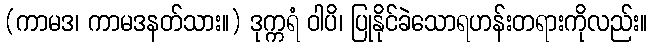
(ကာမဒ၊ ကာမဒနတ်သား။) ဒုက္ကရံ ဝါပိ၊ ပြုနိုင်ခဲသောရဟန်းတရားကိုလည်း။